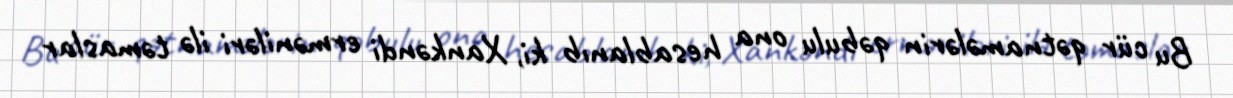
Bu cür qətnamələrin qəbulu ona hesablanıb ki, Xankəndi erməniləri ilə təmaslar